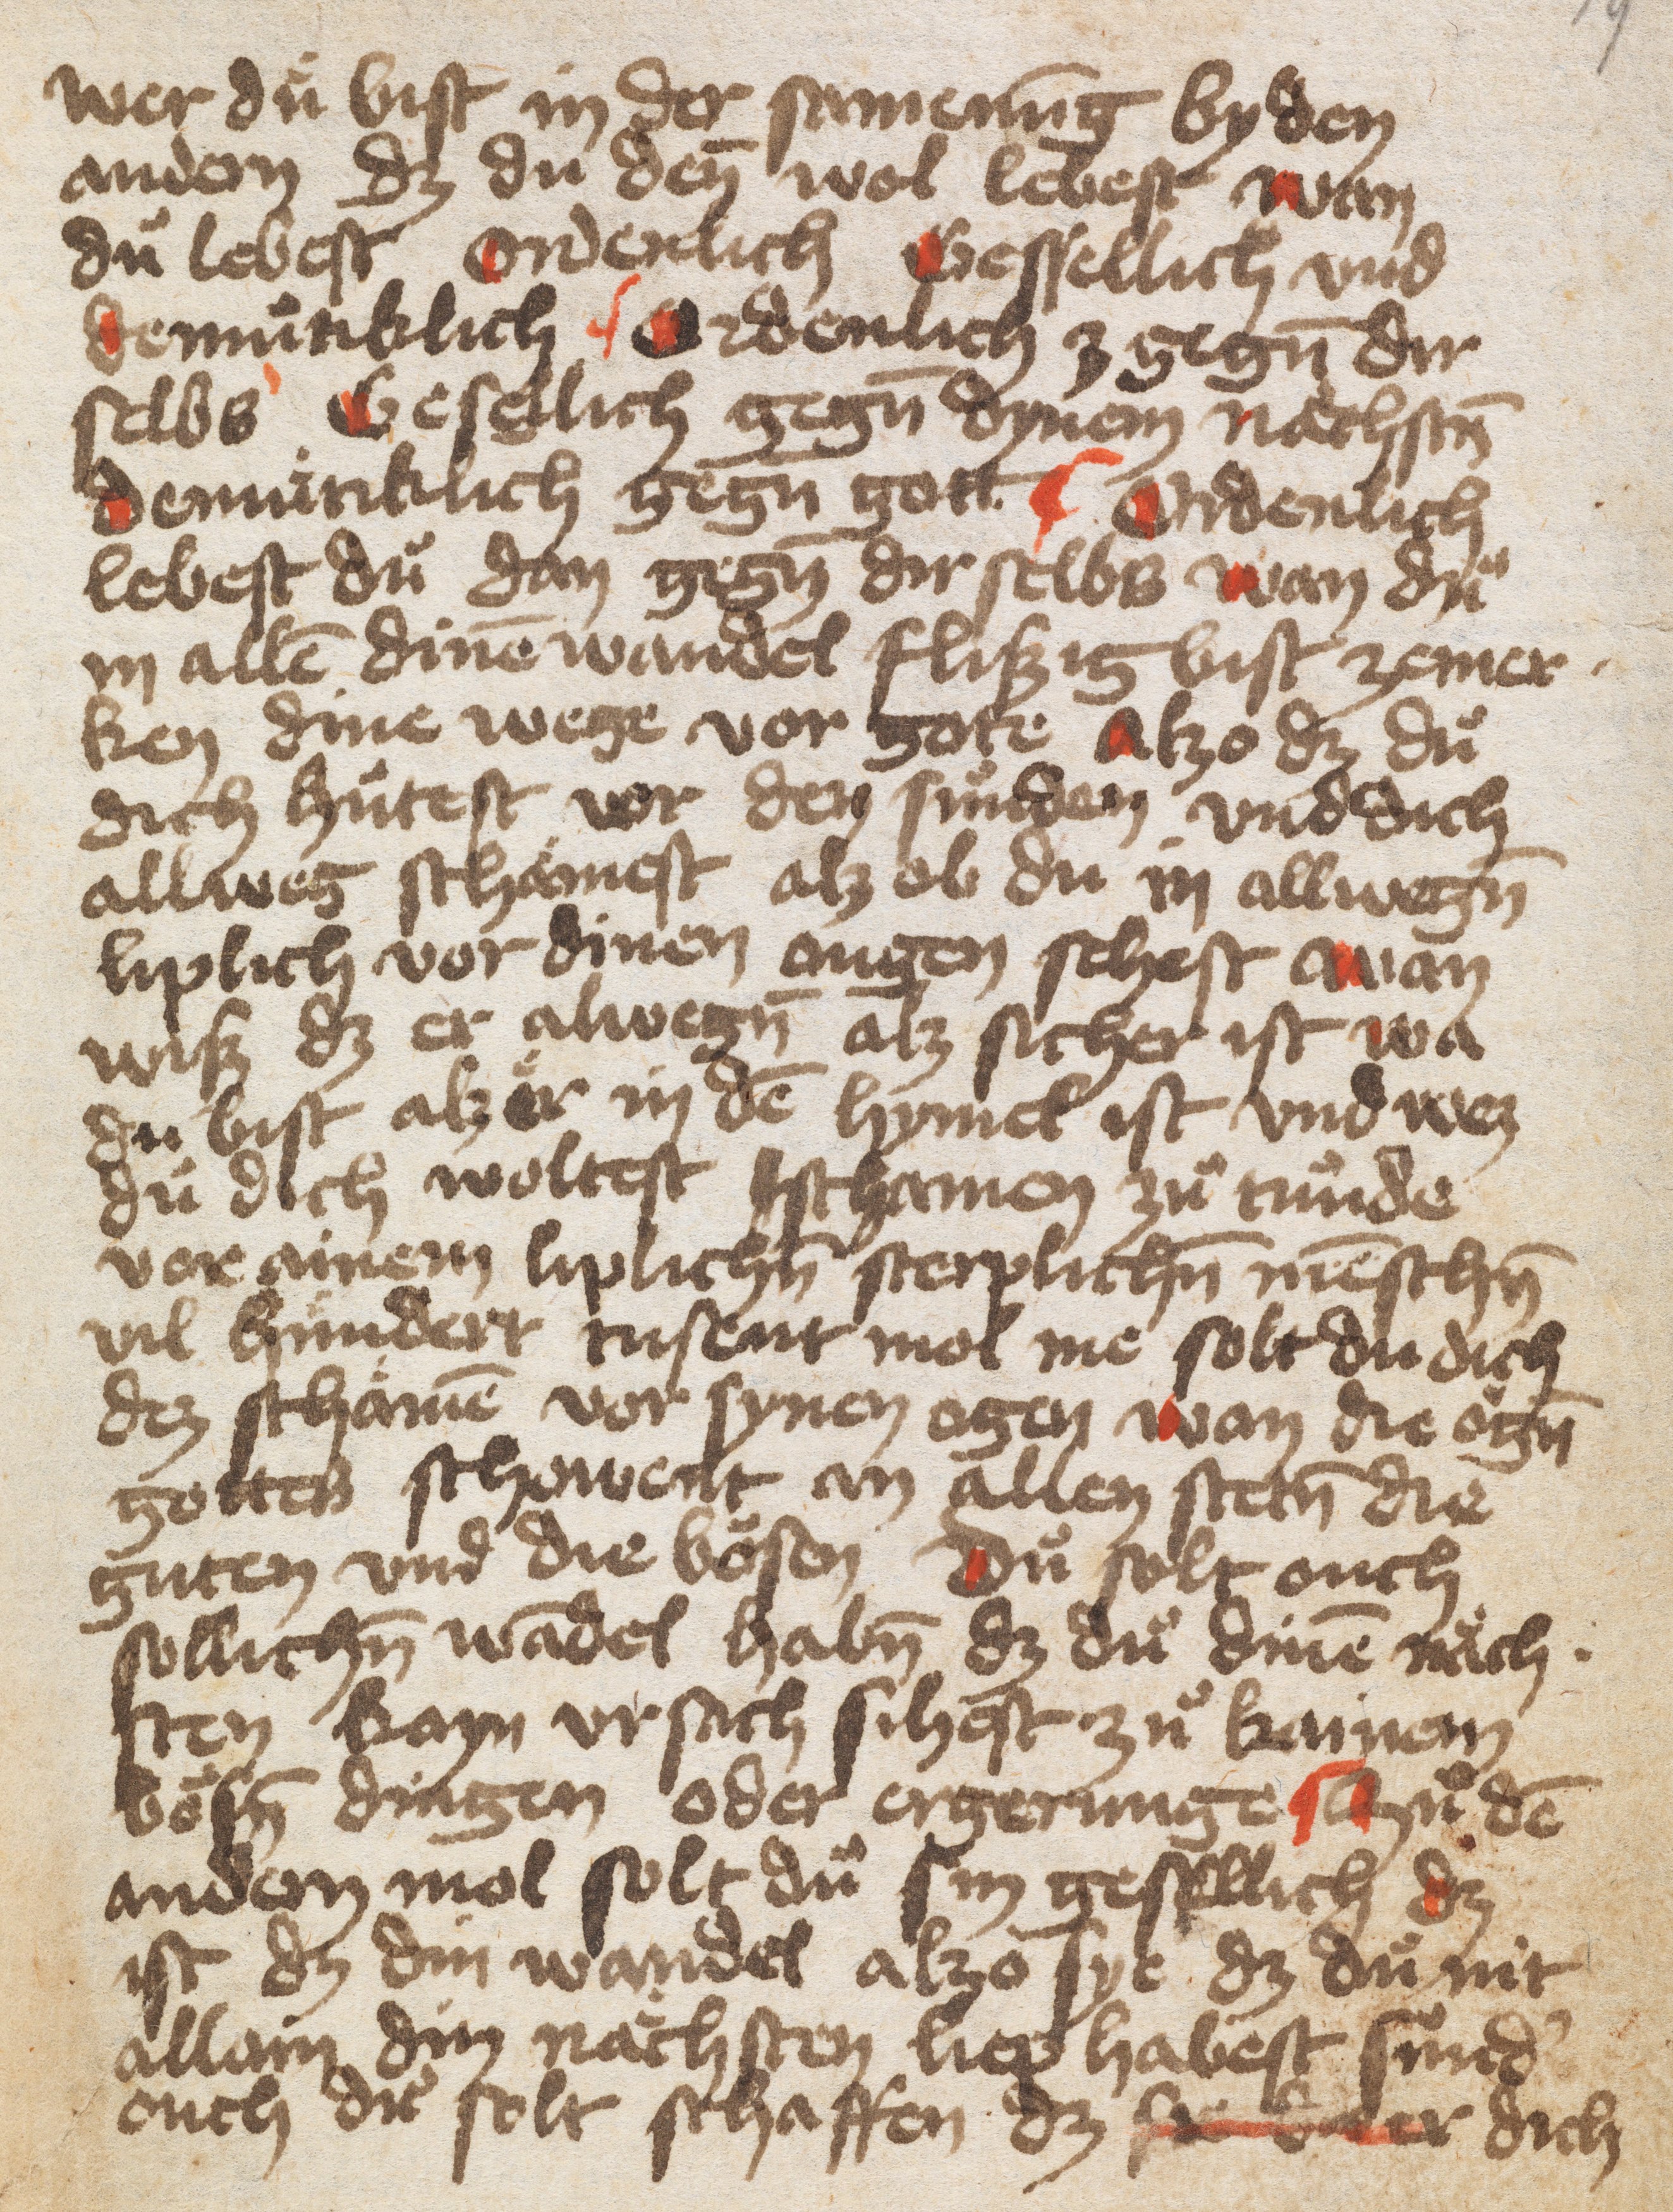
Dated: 1400–1499